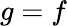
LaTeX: g=f